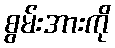
စွမ်းအားကို